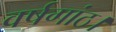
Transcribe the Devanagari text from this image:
वर्षगांठ।